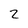
Character: z